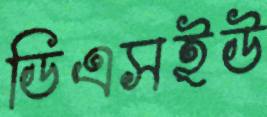
ডিএসইউ